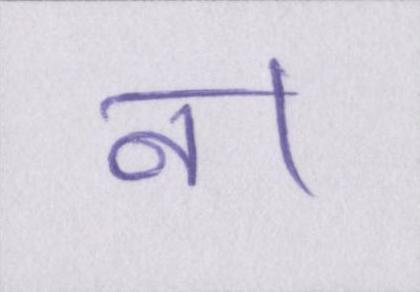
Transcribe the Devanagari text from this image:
न।